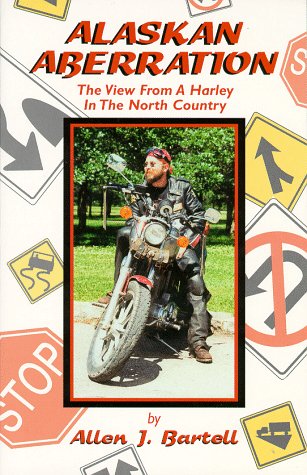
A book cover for Alaskan Aberration; Allen J. Bartell; Travel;